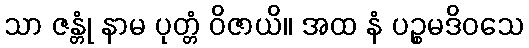
သာ ဇန္တုံ နာမ ပုတ္တံ ဝိဇာယိ။ အထ နံ ပဉ္စမဒိဝသေ